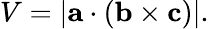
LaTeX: V=|\mathbf{a}\cdot(\mathbf{b}\times\mathbf{c})|.